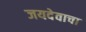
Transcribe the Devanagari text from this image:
जयदेवाचा